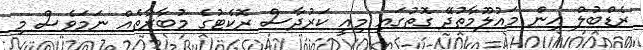
ރެޑްބުލް އިން މައުލޫމާތުދޭ ގޮތުގައި މިއީ ކަރުދާސް ރޮކެޓުގެ މުބާރާތެއް ނަމަވެސް މި